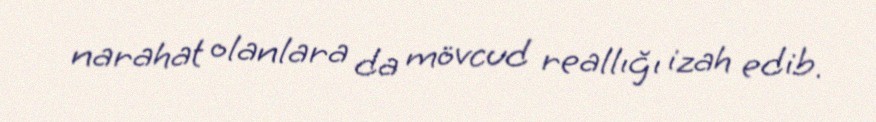
narahat olanlara da mövcud reallığı izah edib.